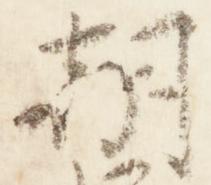
朝